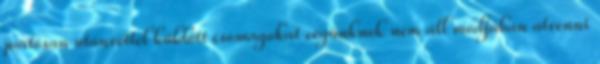
portósan utánvéttel küldött csomagokat cégünknek nem áll módjában átvenni